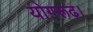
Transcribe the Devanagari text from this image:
योगरूढ़।